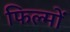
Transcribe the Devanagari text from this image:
फिल्मोंं